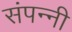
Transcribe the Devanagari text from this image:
संपन्नी